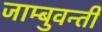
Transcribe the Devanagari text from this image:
जाम्बुवन्ती